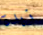
زبدة